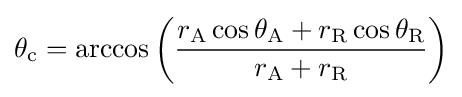
\theta _{\mathrm {c} }=\arccos \left({\frac {r_{\mathrm {A} }\cos {\theta _{\mathrm {A} }}+r_{\mathrm {R} }\cos {\theta _{\mathrm {R} }}}{r_{\mathrm {A} }+r_{\mathrm {R} }}}\right)